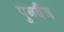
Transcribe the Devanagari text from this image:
पुनर्बैज